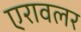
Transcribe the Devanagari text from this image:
एरावलर